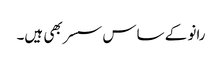
رانو کے ساس سسر بھی ہیں۔